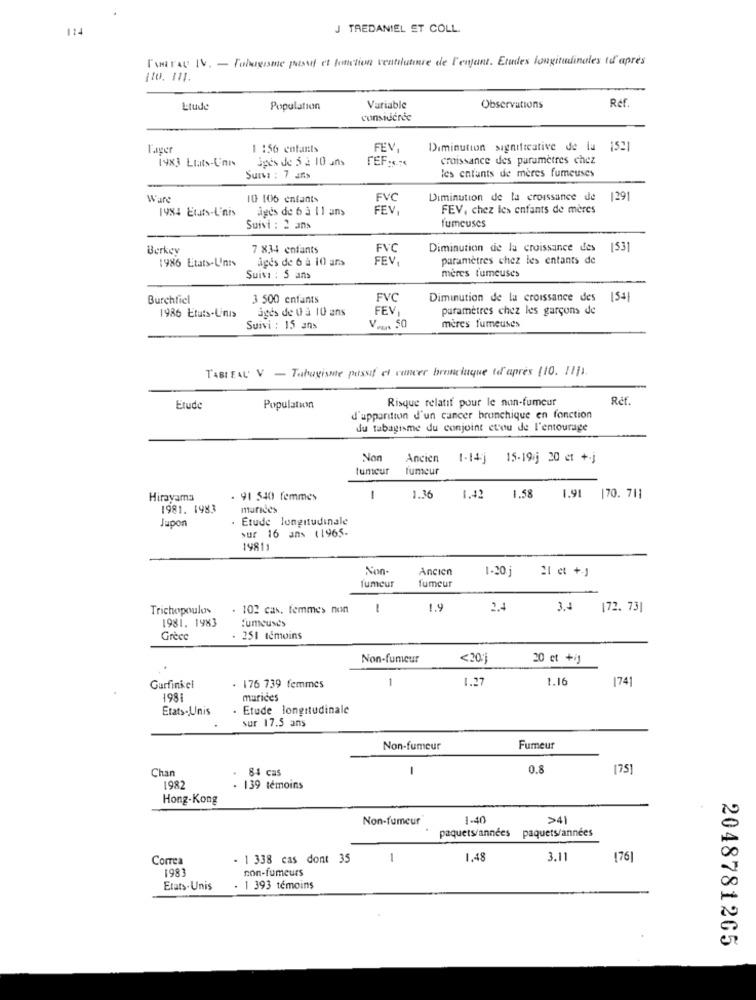
124
J TREDANIEL ET COLL.
['wirAU IV. - Tabagisme passet et fonction ventilatore de l'enfant. Etudes longitudinales to après
Ref.
Litude
Population
Variable
Observations
considérée
1 :56 enfants
FEV,
Diminution significative de la 1521
1983 LIats-Uni
Spes de 5 2 10 uns
TEF.s ...
croissance des paramètres chez
les enfants de meres fumeuses
Suivi : 7 ans
10 106 enfants
FVC
Diminution de la croissance de
1291
1984 Etats-L'nis
ages de 6 à 11 ans
FEV
FEV, chez les enfants de mères
fumeuses
Suivi : 2 ans
Berkey
7 834 enfants
FVC
Diminution de la croissance des
153]
1986 Etats-L'nrs
ages de 6 à 10 ans
FEV.
paramètres chez les entants de
mères fumeuses
Suivi : 5 ans
Burchfiel
3 500 enfants
FVC
Diminution de la croissance des
15+1
1986 Etats-Linis
agés de 0 à 10 ans
FEV
paramètres chez les garçons de
Suivi : 15 ans
V ... 50
mères fumeuses
TABLEAU V - Tabagisme passif et cancer broncinque to après (10. 1111.
Risque relatif pour le non-fumeur
Ref.
Etude
Population
d'apparition d'un cancer brunchique en fonction
du tabagisme du conjoint ctou de l'entourage
Non
Ancien
1-14j
15-19/j 20 et +j
tumeur
fumeur
Hirayama
91 540 femmes
1
1.36
1.42
1.58
1.91 |70. 711
1981. 1983
Jupon
. Etude longitudinale
sur 16 ans (1965-
19811
Non-
Ancien
1.20
21 et +)
fumeur
fumeur
Trichopoulos
. 102 cas. femmes nun
1
1.9
2.4
172. 73]
1981. 1983
:umeuses
Grèce
. 251 témoins
Non-fumeur
<20,
20 ct +ij
1
1.27
1.16
1741
Garfinkel
. 176 739 femmes
198
marices
Etats Unis
. Etude longitudinale
sur 17.5 ans
Non-fumeur
Fumeur
Chan
84 cas
0.8
[75]
1982
. 139 témoins
Hong-Kong
Non-fumeur
1-40
>41
paquets/années paquets/années
- 1 338 cas dont 35
1
1.48
3.11
(76]
1983
non-fumeurs
Etats.Unis
. 1 393 témoins
2048781265